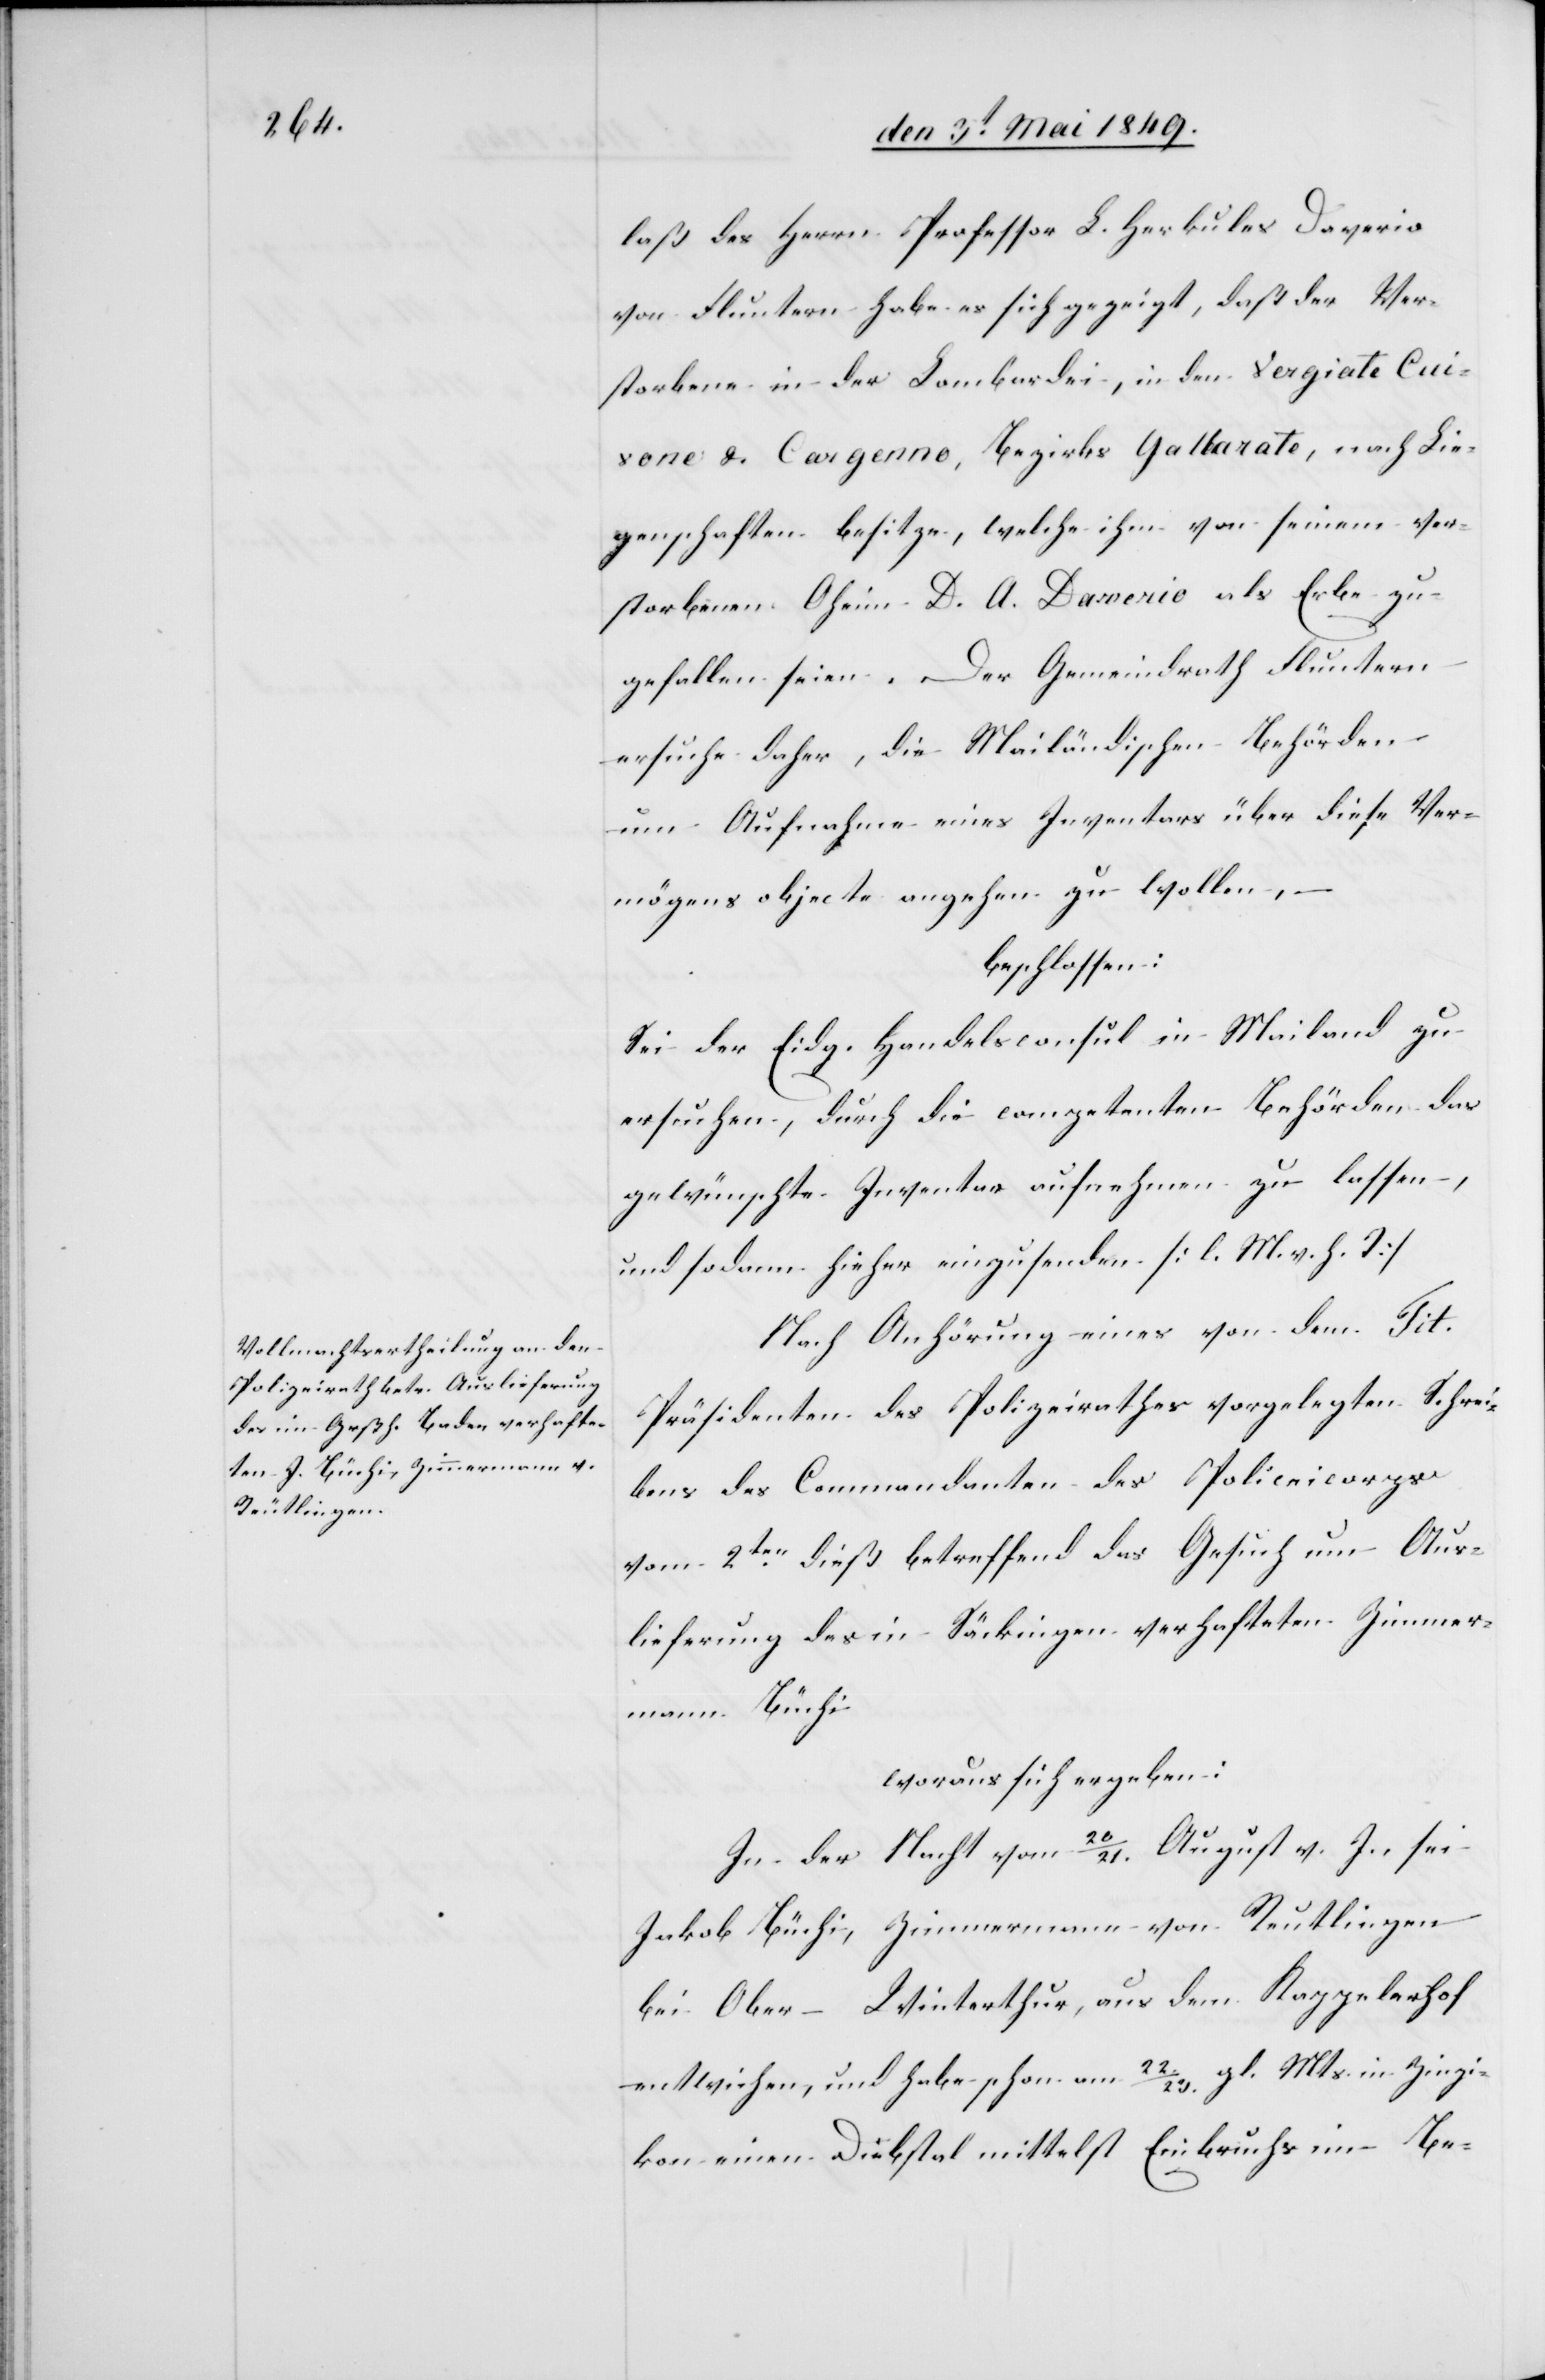
laß des Herrn Professor L. Herkules Daverio
von Fluntern habe es sich gezeigt, daß der Ver¬
storbene in der Lombardei, in den Vergiate Cuivone
Cuirone] & Cargenno, Bezirks Gallarate, noch Lie¬
genschaften besitze, welche ihm von seinem ver¬
storbenen Oheim D. A. Daverio als Erbe zu¬
gefallen seien. Der Gemeindrath Fluntern
ersuche daher, die Mailändischen Behörden
um Aufnahme eines Inventars über diese Ver¬
mögensobjecte angehen zu wollen, –
beschlossen:
Sei der Eidg. Handelsconsul in Mailand zu
ersuchen, durch die competenten Behörden das
gewünschte Inventar aufnehmen zu lassen,
und sodann hieher einzusenden [l. M. h. T][.]
Nach Anhörung eines von dem Tit.
Präsidenten des Polizeirathes vorgelegten Schrei¬
bens des Commandanten des Policeicorps
vom 2ten dieß betreffend das Gesuch um Aus¬
lieferung des in Säckingen verhafteten Zimmer¬
mann Büchi
woraus sich ergeben:
In der Nacht vom 20/21. August v. J. sei
Jakob Büchi, Zimmermann von Reutlingen
bei Ober-Winterthur, aus dem Kappelerhof
entwichen, und habe schon am 22./23. gl. Mts. in Zinzi¬
kon einen Diebstahl mittelst Einbruchs im Be-